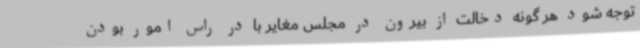
توجه شود هر گونه دخالت از بیرون در مجلس مغایر با در راس امور بودن